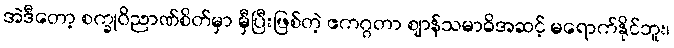
အဲဒီတော့ စက္ခုဝိညာဏ်စိတ်မှာ မှီပြီးဖြစ်တဲ့ ဧကဂ္ဂတာ ဈာန်သမာဓိအဆင့် မရောက်နိုင်ဘူး၊